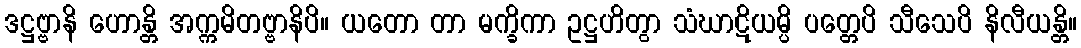
ဒဋ္ဌဗ္ဗာနိ ဟောန္တိ အက္ကမိတဗ္ဗာနိပိ။ ယတော တာ မက္ခိကာ ဥဋ္ဌဟိတွာ သံဃာဋိယမ္ပိ ပတ္တေပိ သီသေပိ နိလီယန္တိ။